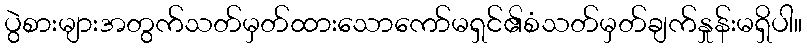
ပွဲစားများအတွက်သတ်မှတ်ထားသောကော်မရှင်၏စံသတ်မှတ်ချက်နှုန်းမရှိပါ။